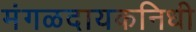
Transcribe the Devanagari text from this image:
मंगळदायकनिधी